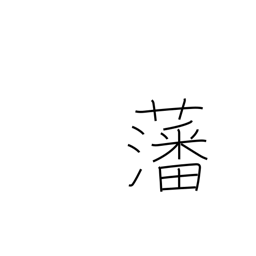
Meaning: enclosure